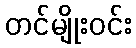
တင်မျိုးဝင်း